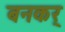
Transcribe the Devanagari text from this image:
बनकर्